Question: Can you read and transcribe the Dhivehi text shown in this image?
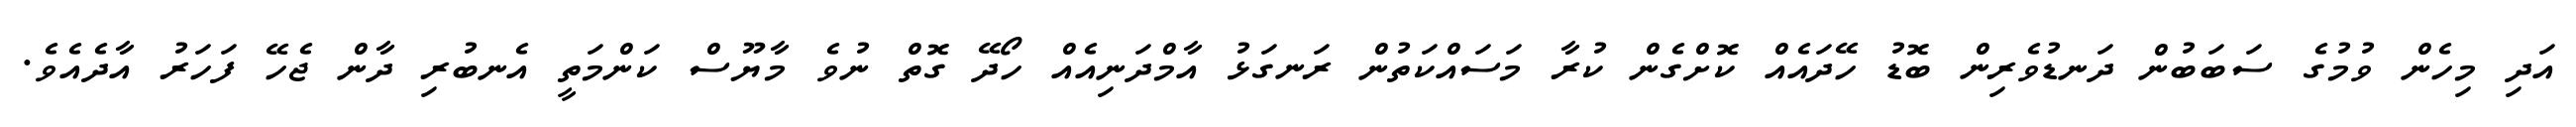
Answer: އަދި މިހެން ވުމުގެ ސަބަބުން ދަނޑުވެރިން ބޮޑު ހޭދައެއް ކޮށްގެން ކުރާ މަސައްކަތުން ރަނގަޅު އާމްދަނިއެއް ހޯދޭ ގޮތް ނުވެ މާޔޫސް ކަންމަތީ އެނބުރި ދާން ޖެހޭ ފަހަރު އާދެއެވެ.